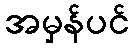
အမှန်ပင်